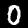
Digit: 0